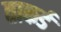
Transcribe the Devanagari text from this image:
ताकर्ड